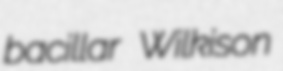
bacillar Wilkison